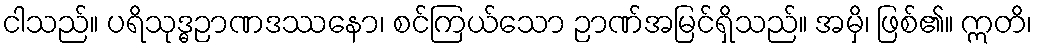
ငါသည်။ ပရိသုဒ္ဓဉာဏဒဿနော၊ စင်ကြယ်သော ဉာဏ်အမြင်ရှိသည်။ အမှိ၊ ဖြစ်၏။ ဣတိ၊